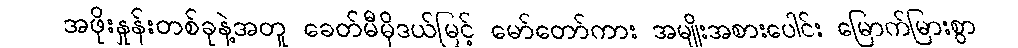
အဖိုးနှုန်းတစ်ခုနဲ့အတူ ခေတ်မီမိုဒယ်မြင့် မော်တော်ကား အမျိုးအစားပေါင်း မြောက်မြားစွာ